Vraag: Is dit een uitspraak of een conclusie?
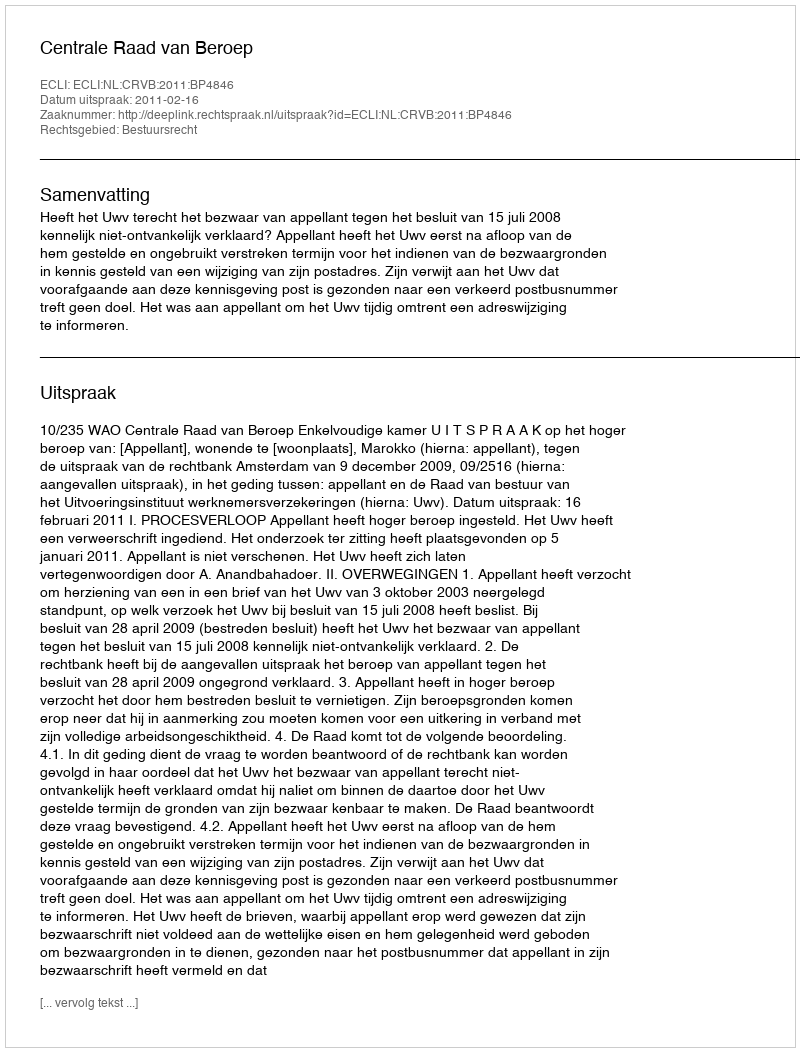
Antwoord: Uitspraak